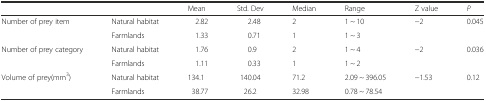
<table><thead><tr><td></td><td></td><td><b>Mean</b></td><td><b>Std. Dev</b></td><td><b>Median</b></td><td><b>Range</b></td><td><b>Z value</b></td><td><b><i>P</i></b></td></tr></thead><tbody><tr><td rowspan="2">Number of prey item</td><td>Natural habitat</td><td>2.82</td><td>2.48</td><td>2</td><td>1 ~ 10</td><td rowspan="2">−2</td><td rowspan="2">0.045</td></tr><tr><td>Farmlands</td><td>1.33</td><td>0.71</td><td>1</td><td>1 ~ 3</td></tr><tr><td rowspan="2">Number of prey category</td><td>Natural habitat</td><td>1.76</td><td>0.9</td><td>2</td><td>1 ~ 4</td><td rowspan="2">−2</td><td rowspan="2">0.036</td></tr><tr><td>Farmlands</td><td>1.11</td><td>0.33</td><td>1</td><td>1 ~ 2</td></tr><tr><td rowspan="2">Volume of prey(mm<sup>3</sup>)</td><td>Natural habitat</td><td>134.1</td><td>140.04</td><td>71.2</td><td>2.09 ~ 396.05</td><td rowspan="2">−1.53</td><td rowspan="2">0.12</td></tr><tr><td>Farmlands</td><td>38.77</td><td>26.2</td><td>32.98</td><td>0.78 ~ 78.54</td></tr></tbody></table>